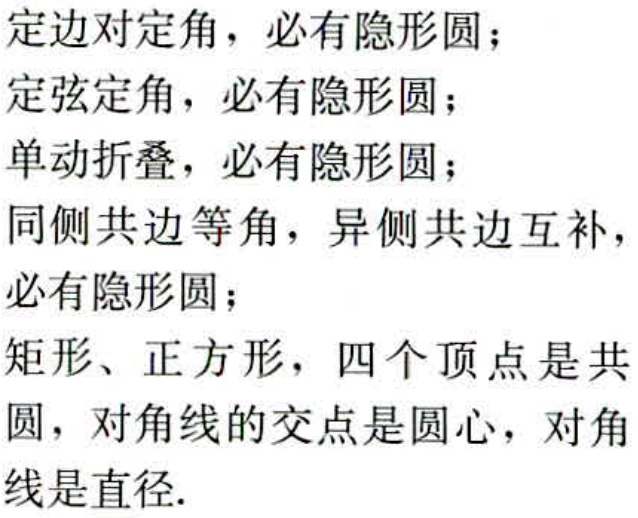
定边对定角，必有隐形圆；

定弦定角，必有隐形圆；

单动折叠，必有隐形圆；

同侧共边等角，异侧共边互补，必有隐形圆；

矩形、正方形，四个顶点是共圆，对角线的交点是圆心，对角线是直径.